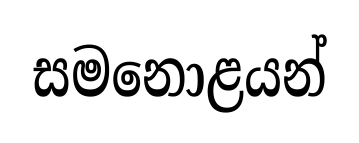
සමනොළයන්